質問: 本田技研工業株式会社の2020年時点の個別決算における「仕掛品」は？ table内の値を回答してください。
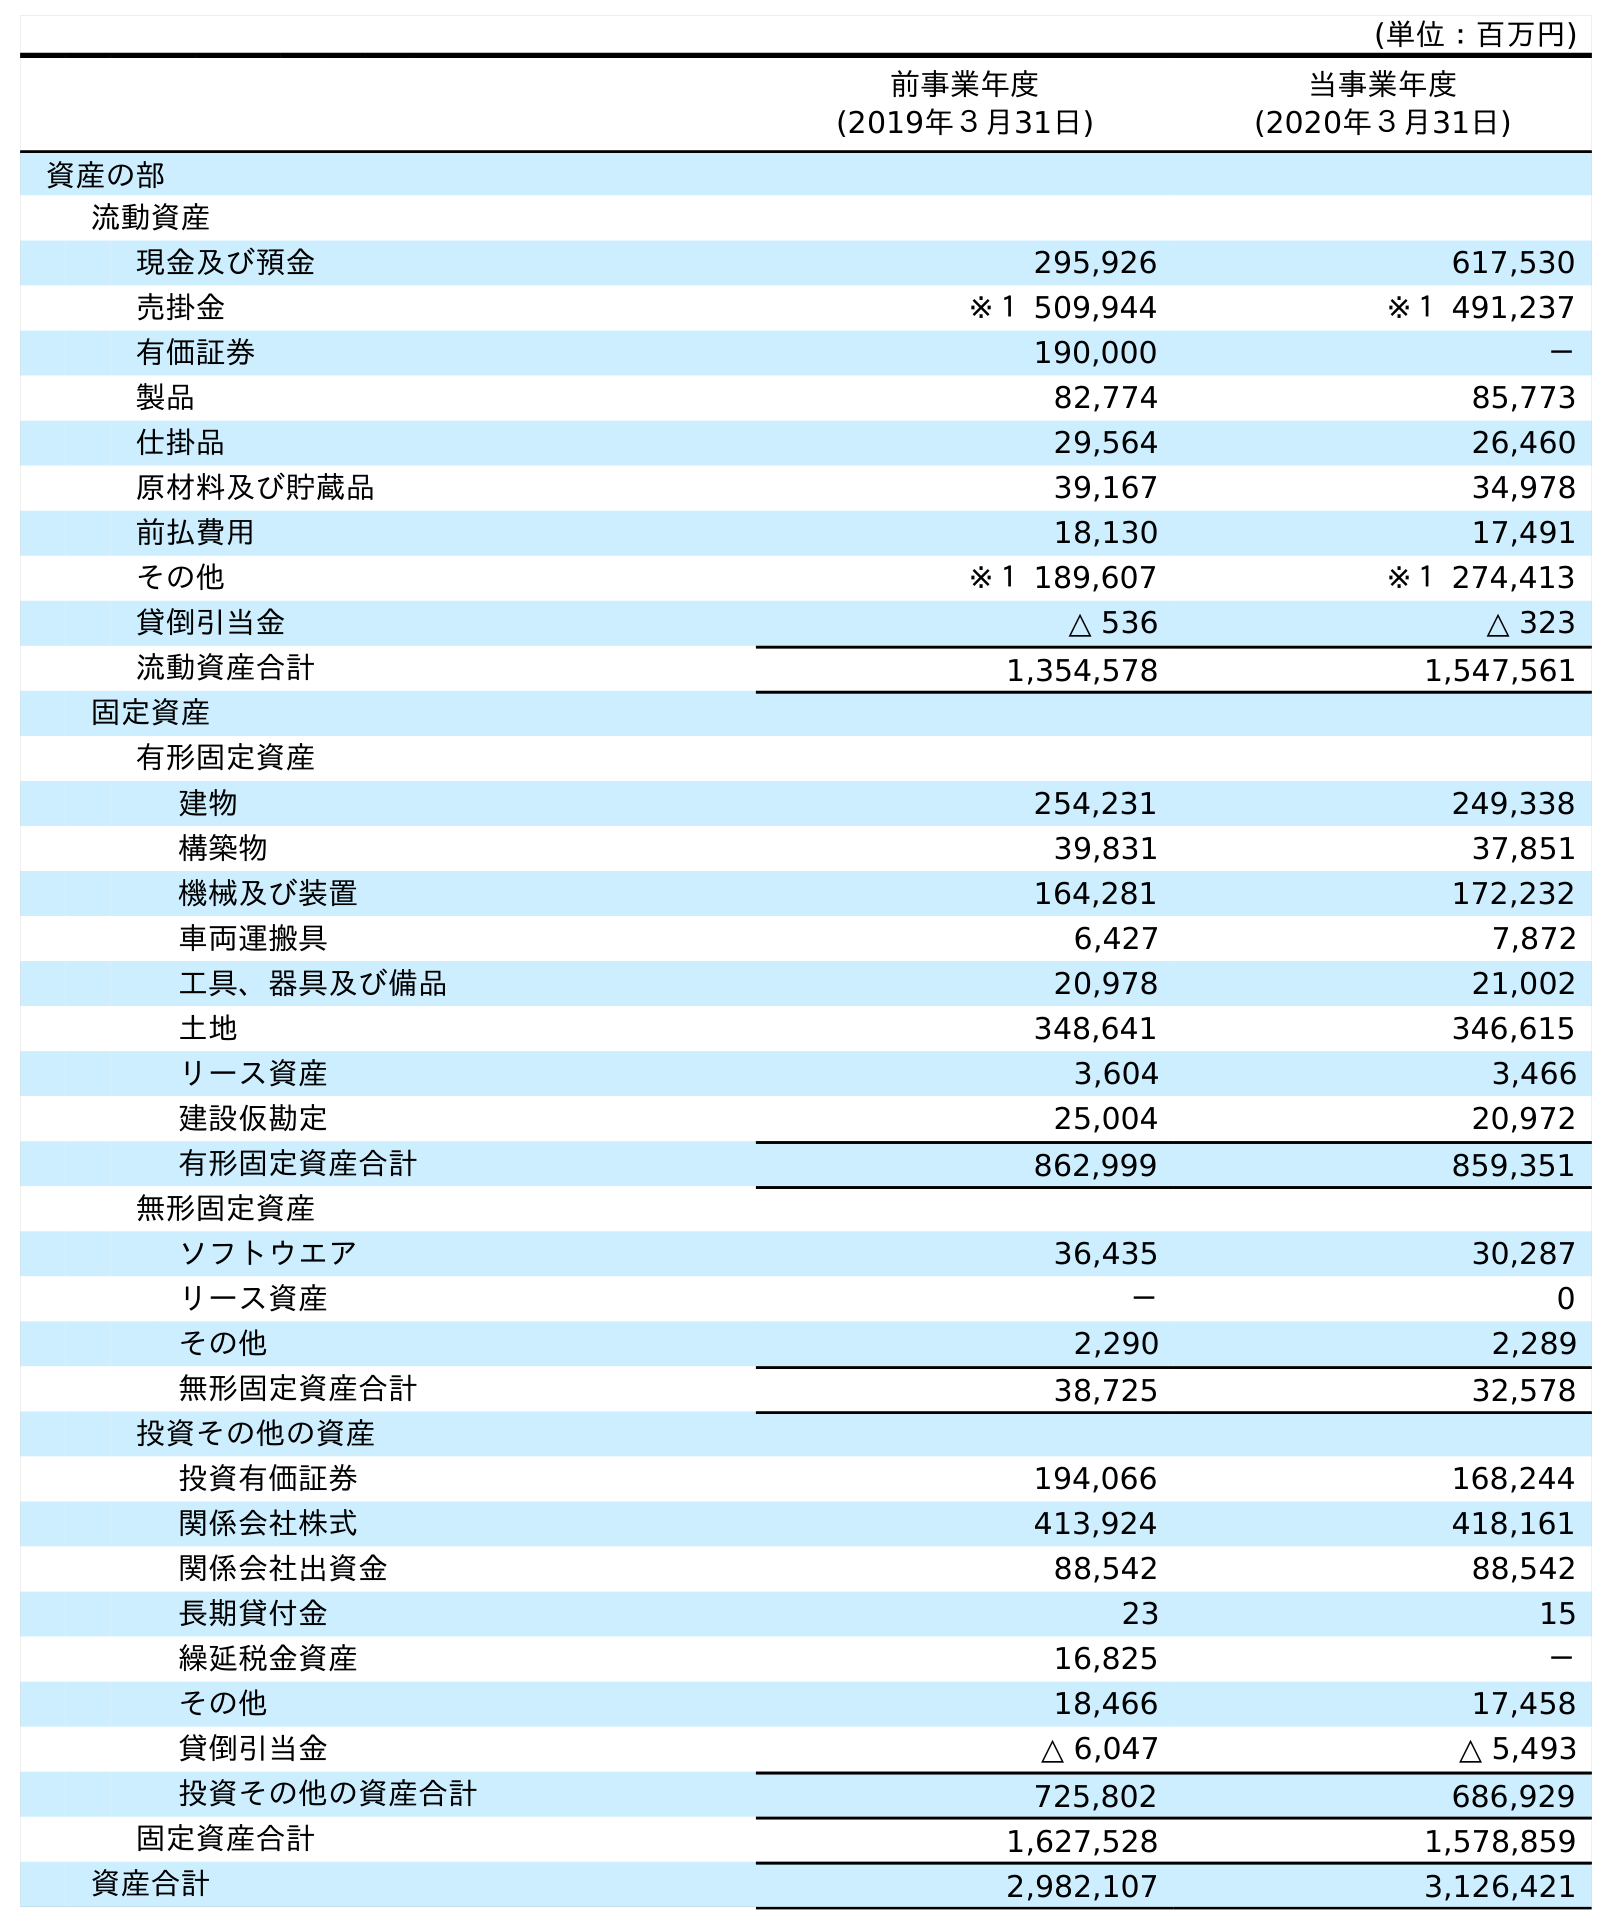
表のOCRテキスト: (単位：百万円) 前事業年度 (2019年３月31日) 当事業年度 (2020年３月31日) 資産の部 流動資産 現金及び預金 295,926 617,530 売掛金 ※１ 509,944 ※１ 491,237 有価証券 190,000 － 製品 82,774 85,773 仕掛品 29,564 26,460 原材料及び貯蔵品 39,167 34,978 前払費用 18,130 17,491 その他 ※１ 189,607 ※１ 274,413 貸倒引当金 △ 536 △ 323 流動資産合計 1,354,578 1,547,561 固定資産 有形固定資産 建物 254,231 249,338 構築物 39,831 37,851 機械及び装置 164,281 172,232 車両運搬具 6,427 7,872 工具、器具及び備品 20,978 21,002 土地 348,641 346,615 リース資産 3,604 3,466 建設仮勘定 25,004 20,972 有形固定資産合計 862,999 859,351 無形固定資産 ソフトウエア 36,435 30,287 リース資産 － 0 その他 2,290 2,289 無形固定資産合計 38,725 32,578 投資その他の資産 投資有価証券 194,066 168,244 関係会社株式 413,924 418,161 関係会社出資金 88,542 88,542 長期貸付金 23 15 繰延税金資産 16,825 － その他 18,466 17,458 貸倒引当金 △ 6,047 △ 5,493 投資その他の資産合計 725,802 686,929 固定資産合計 1,627,528 1,578,859 資産合計 2,982,107 3,126,421
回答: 26,460